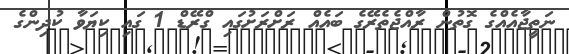
ނަތީޖާއެއްގެ ގޮތުން ރާއްޖެތެރޭގެ ބައެއް ރަށްރަށުގައި ގްރޭޑް 1 ގައި ކިޔަވާ ކުދިންގެ